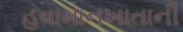
હવામાનખાતાની